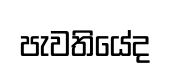
පැවතියේද